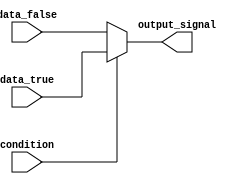
module conditional_assignment(
    input condition,
    input data_true,
    input data_false,
    output reg output_signal
);

always @(*)
begin
    if(condition)
        output_signal = data_true;
    else
        output_signal = data_false;
end

endmodule